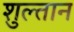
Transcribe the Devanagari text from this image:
शुल्तान